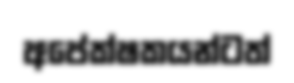
අපේක්ෂකයන්ටත්